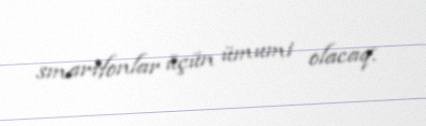
smartfonlar üçün ümumi olacaq.